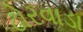
ઢોરવાડા